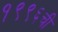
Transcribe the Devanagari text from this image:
१९९६ची